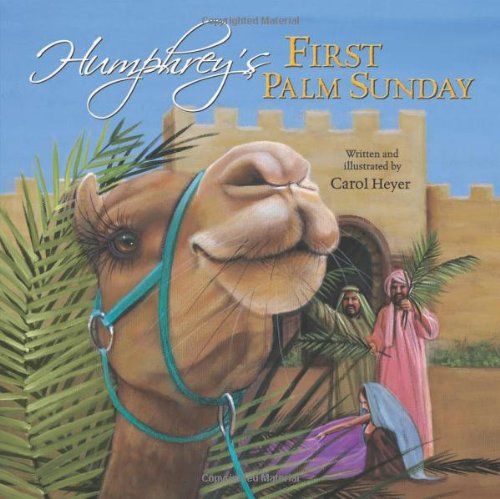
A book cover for Humphrey's First Palm Sunday; Carol Heyer; Children's Books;